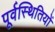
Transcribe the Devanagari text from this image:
पूर्वस्थितियों